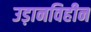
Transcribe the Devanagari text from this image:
उड़ानविहीन